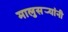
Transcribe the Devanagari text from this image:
मालुसर्‍यांनी